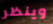
وينظر